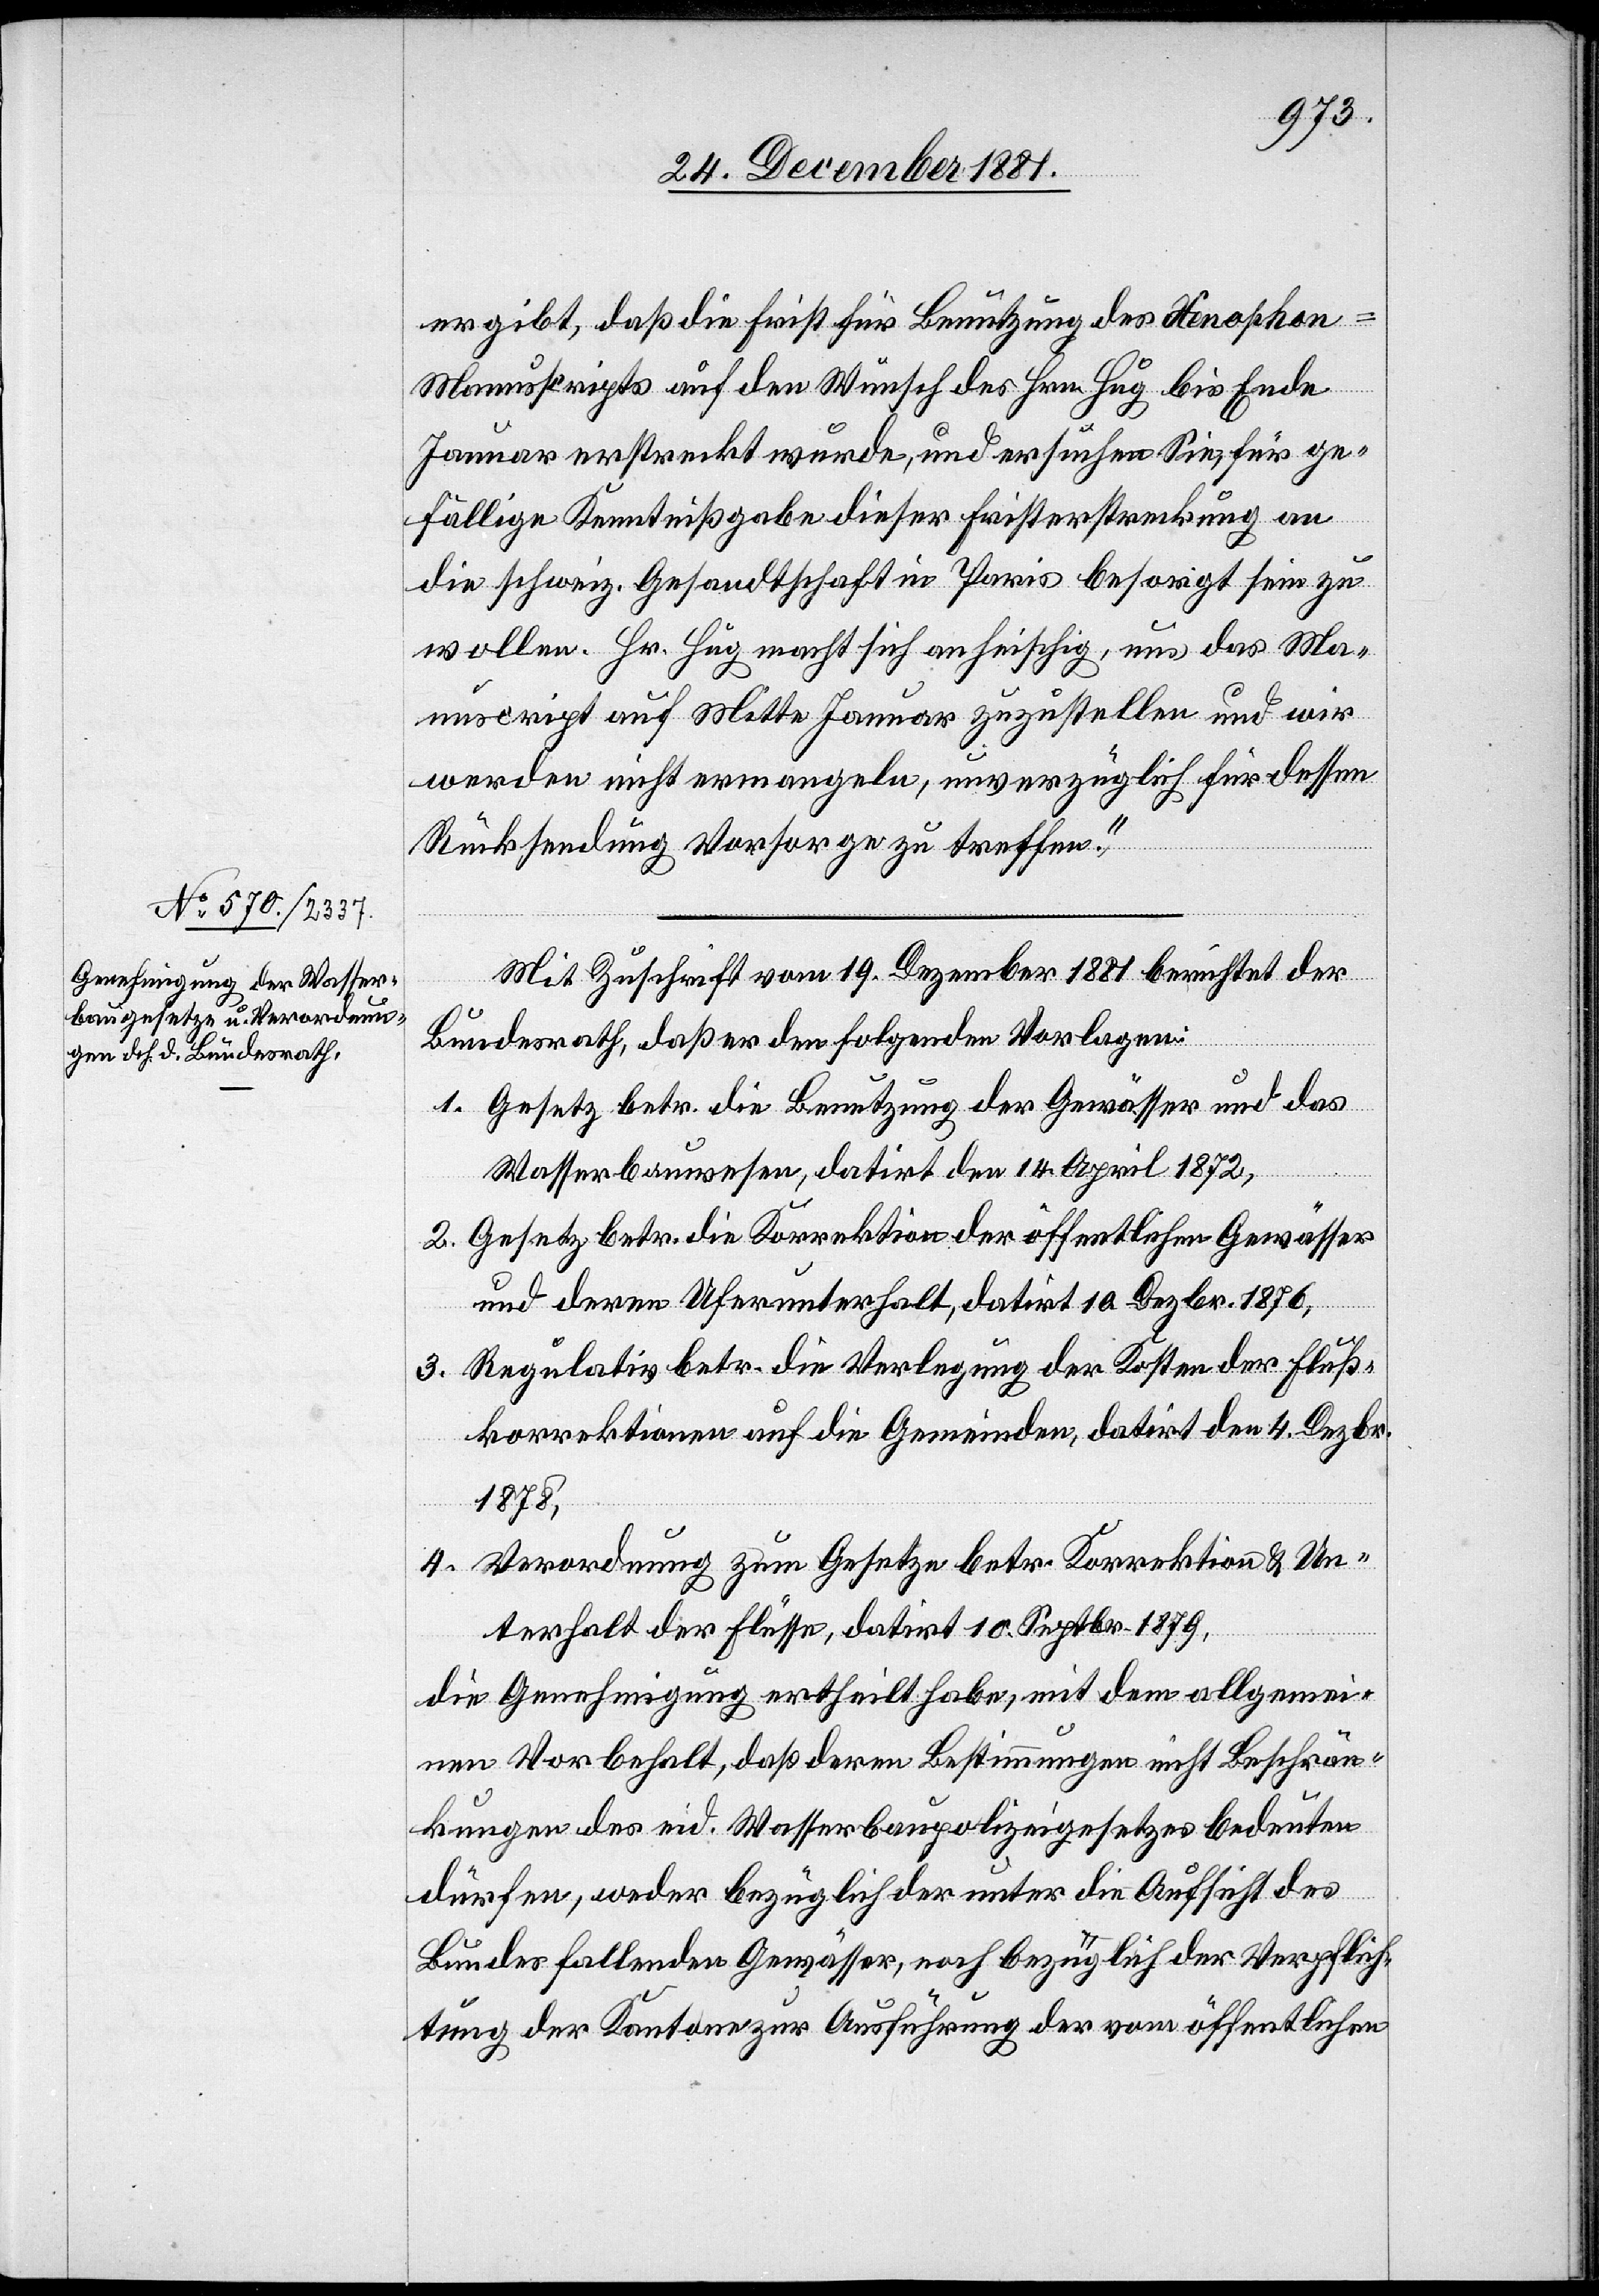
24. December 1881.]
ergibt, daß die Frist für Benutzung des Xenopho¬
n-Manuskripts auf den Wunsch des Hrn. Hug bis Ende
Januar erstreckt wurde, und ersuchen Sie, für ge¬
fällige Kenntnißgabe dieser Fristerstreckung an
die schweiz. Gesandtschaft in Paris besorgt sein zu
wollen. Hr. Hug macht sich anheischig, uns das Ma¬
nuscript auf Mitte Januar zuzustellen und wir
werden nicht ermangeln, unverzüglich für dessen
Rücksendung Vorsorge zu treffen.“
Mit Zuschrift vom 19. Dezember 1881 berichtet der
Bundesrath, daß er den folgenden Vorlagen:
1. Gesetz betr. die Benutzung der Gewässer und das
Wasserbauwesen, datirt den 14. April 1872,
2. Gesetz betr. die Korrektion der öffentlichen Gewässer
und deren Uferunterhalt, datirt 10. Dezbr. 1876,
3. Regulativ betr. die Verlegung der Kosten der Fluß¬
korrektionen auf die Gemeinden, datirt den 4. Dezbr.
1878,
4. Verordnung zum Gesetze betr. Korrektion & Un¬
terhalt der Flüsse, datirt 10. Septbr. 1879,
die Genehmigung ertheilt habe, mit dem allgemei¬
nen Vorbehalt, daß deren Bestimmungen nicht Beschrän¬
kungen des eid. Wasserbaupolizeigesetzes bedeuten
dürfen, weder bezüglich der unter die Aufsicht des
Bundes fallenden Gewässer, noch bezüglich der Verpflich¬
tung der Kantone zur Ausführung der vom öffentlichen